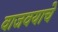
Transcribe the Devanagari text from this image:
वाजवयाचे